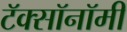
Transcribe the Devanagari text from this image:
टॅक्सॉनॉमी